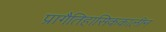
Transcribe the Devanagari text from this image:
प्रागैतिहासिककालीन